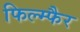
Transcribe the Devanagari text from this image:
फिल्म्फैर